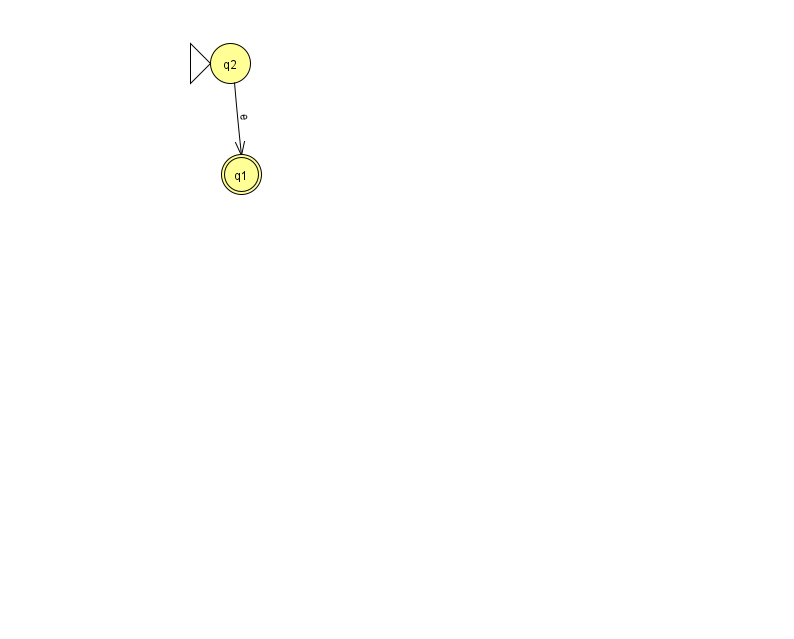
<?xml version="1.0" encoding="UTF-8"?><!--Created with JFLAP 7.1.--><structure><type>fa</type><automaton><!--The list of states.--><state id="1" name="q1"><x>241.0</x><y>161.0</y><final/></state><state id="2" name="q2"><x>230.0</x><y>50.0</y><initial/></state><!--The list of transitions.--><transition><from>2</from><to>1</to><read>e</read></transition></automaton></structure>